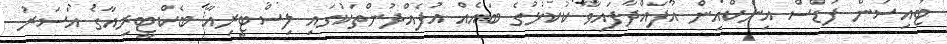
ޓައިސަން ފުޑްސް އިންކްއިން އުފައްދާފައިވާ ކުކުޅުގެ ބައެއް އުފެއްދުންތަކުގައި ލިސްޓީރިއާ ބެކްޓީރިއާގެ އަސަރު